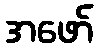
အဖော်